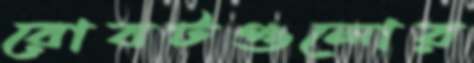
রোবটগুলোর